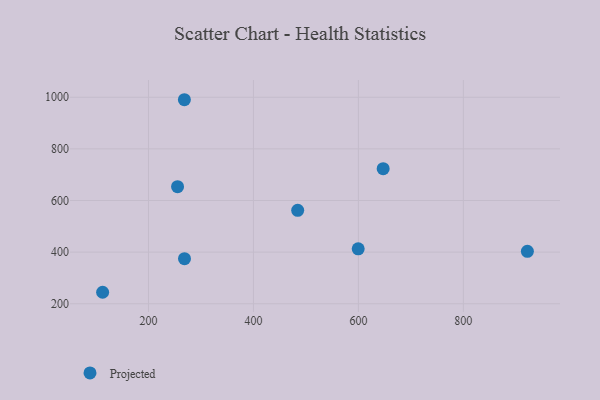
{"axis": {"x": "Experience", "y": "Sales"}, "legend": ["Projected"], "data": [{"x": "599.6", "y": 413.0, "type": "Projected"}, {"x": "268.6", "y": 374.7, "type": "Projected"}, {"x": "922.0", "y": 403.0, "type": "Projected"}, {"x": "255.4", "y": 653.4, "type": "Projected"}, {"x": "112.6", "y": 244.5, "type": "Projected"}, {"x": "484.3", "y": 562.1, "type": "Projected"}, {"x": "647.2", "y": 723.2, "type": "Projected"}, {"x": "268.4", "y": 990.4, "type": "Projected"}]}